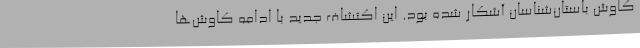
کاوش باستان‌شناسان آشکار شده بود. این اکتشاف جدید با ادامه کاوش‌ها